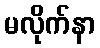
မလိုက်နာ